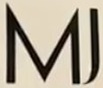
MJ